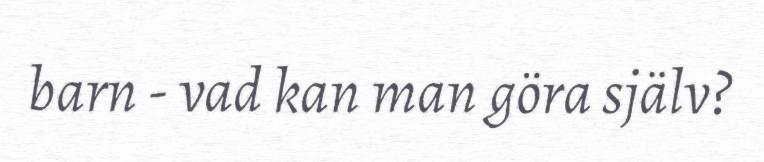
barn - vad kan man göra själv?